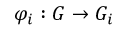
\varphi _ { i } : G \rightarrow G _ { i }